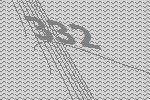
332